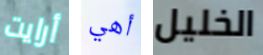
أرايت أهي الخليل